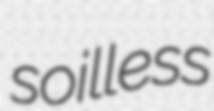
soilless